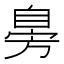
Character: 𦤔